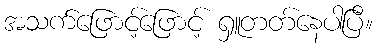
အသက်ဖြောင့်ဖြောင့် ရှူတတ်နေပါပြီ။